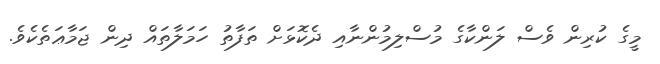
މީގެ ކުރިން ވެސް ލަންކާގެ މުސްލިމުންނާއި ދެކޮޅަށް ތަފާތު ހަމަލާތައް ދިން ޖަމާޢަތެކެވެ.